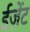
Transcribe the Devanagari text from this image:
ईज़ेंट